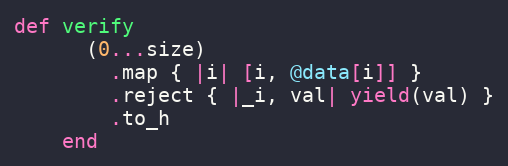
Language: Ruby
def verify
      (0...size)
        .map { |i| [i, @data[i]] }
        .reject { |_i, val| yield(val) }
        .to_h
    end